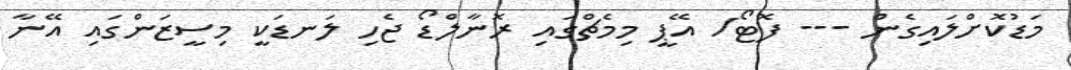
މަޑުކޮށްލައިގެން --- ފޮޓޯ/ އޭޕީ މިމެޗްގައި ރޮނާލްޑޯ ޖެހި ލަނޑަކީ މިސީޒަންގައި އޭނާ